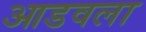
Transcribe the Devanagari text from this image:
आडवला